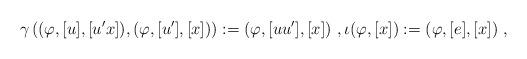
LaTeX: \begin{align*}\gamma\left((\varphi,[u],[u'x]),(\varphi,[u'],[x])\right):= (\varphi,[uu'],[x])\ ,\iota(\varphi,[x]):= (\varphi,[e],[x])\ ,\end{align*}